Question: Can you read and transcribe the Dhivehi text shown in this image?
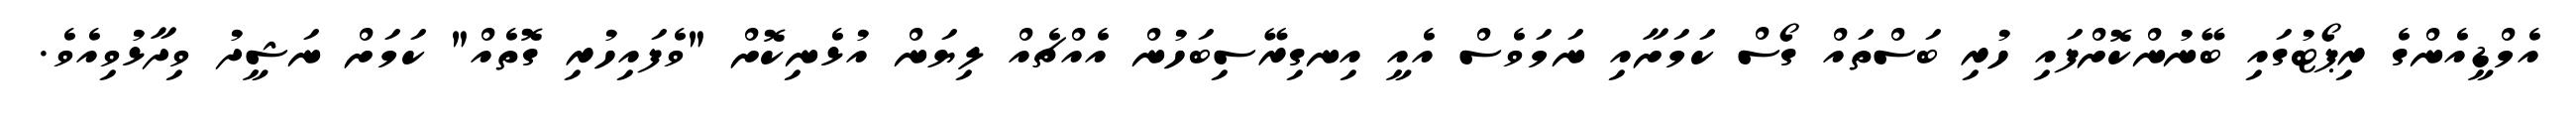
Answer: އެމްޑީއެންގެ ރިޕޯޓުގައި ބޭނުންކޮށްފައި ހުރި ބަސްތައް ގޯސް ކަމަށާއި ނަމަވެސް އެއީ އިނގިރޭސިބަހުން އެއްޗެއް ލިޔަން އުޅެނިކޮށް "ވެފައިހުރި ގޮތެއް" ކަމަށް ނަޝީދު ވިދާޅުވިއެވެ.